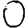
Digit: 0